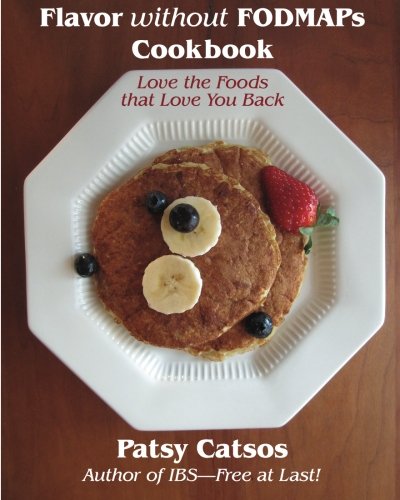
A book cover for Flavor without FODMAPs Cookbook: Love the Foods that Love You Back; Patsy Catsos; Health, Fitness & Dieting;